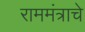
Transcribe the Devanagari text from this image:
राममंत्राचे